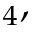
_ { 4 } ,